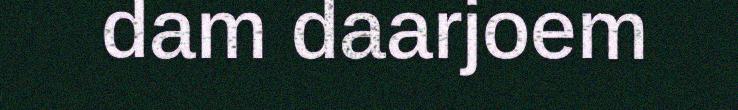
dam daarjoem